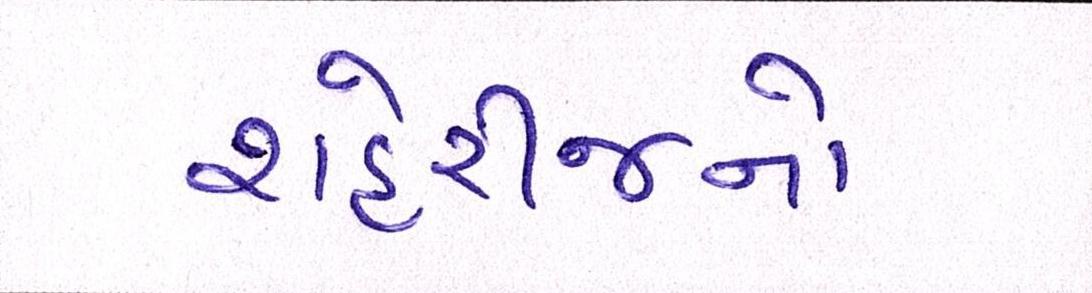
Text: શહેરીજનો